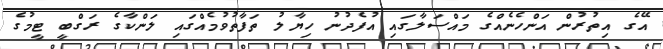
އޭގެ އިތުރުން އަންހެނެއްގެ މައްސަލާގައި އުފެދުނު ހިޔާލު ތަފާތުވުމެއްގައި ލަންކާގެ ރަގްބީ ޓީމުގެ